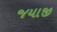
જયાજી